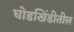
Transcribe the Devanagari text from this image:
घोडखिंडीतील